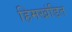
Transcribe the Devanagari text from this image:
हिमखंडित